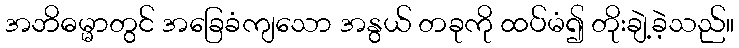
အဘိဓမ္မာတွင် အခြေခံကျသော အနွယ် တခုကို ထပ်မံ၍ တိုးချဲ့ခဲ့သည်။